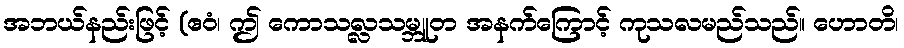
အဘယ်နည်းဖြင့် (ဧဝံ၊ ဤ ကောသလ္လသမ္ဘူတ အနက်ကြောင့် ကုသလမည်သည်။ ဟောတိ၊